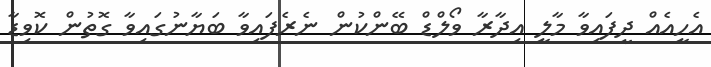
އެހީއެއް ދީފައިވާ މާލީ އިދާރާ ވޯލްޑް ބޭންކުން ނެރެފައިވާ ބަޔާނުގައިވާ ގޮތުން ކޮވިޑާ